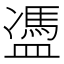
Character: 𥂳